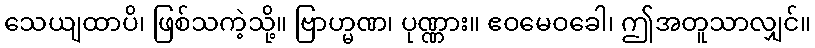
သေယျထာပိ၊ ဖြစ်သကဲ့သို့။ ဗြာဟ္မဏ၊ ပုဏ္ဏား။ ဧဝမေဝခေါ၊ ဤအတူသာလျှင်။